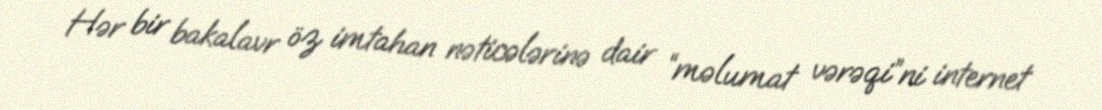
Hər bir bakalavr öz imtahan nəticələrinə dair “məlumat vərəqi”ni internet